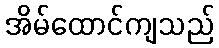
အိမ်ထောင်ကျသည်